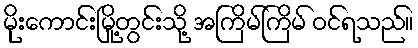
မိုးကောင်းမြို့တွင်းသို့ အကြိမ်ကြိမ် ဝင်ရသည်။